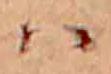
ハ